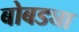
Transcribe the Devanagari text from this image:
बोबड्या